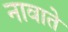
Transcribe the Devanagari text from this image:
नावाते